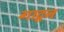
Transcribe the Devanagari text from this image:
गाटून